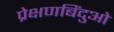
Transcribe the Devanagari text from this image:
प्रेक्षणबिंदुओं